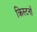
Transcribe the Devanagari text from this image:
क्रिस्टनों